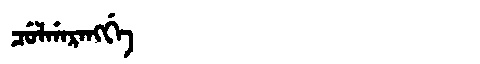
Manchu: ᠴᡠᠯᡤᠠᡵᠠᠩᡤᡝ
Romanization: CULGARANGGE